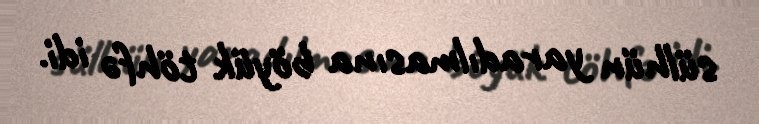
sülhün yaradılmasına böyük töhfə idi.